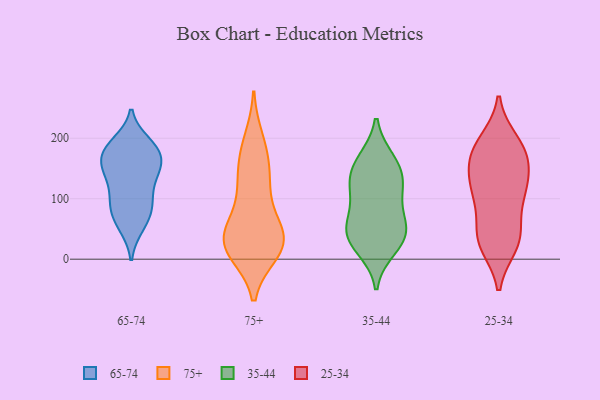
{"axis": {"x": "Humidity (%)", "y": "Value"}, "legend": ["25-34", "35-44", "65-74", "75+"], "data": [{"x": "", "y": 112, "type": "65-74"}, {"x": "", "y": 54, "type": "65-74"}, {"x": "", "y": 166, "type": "65-74"}, {"x": "", "y": 92, "type": "65-74"}, {"x": "", "y": 151, "type": "65-74"}, {"x": "", "y": 137, "type": "65-74"}, {"x": "", "y": 184, "type": "65-74"}, {"x": "", "y": 142, "type": "65-74"}, {"x": "", "y": 72, "type": "65-74"}, {"x": "", "y": 172, "type": "65-74"}, {"x": "", "y": 147, "type": "65-74"}, {"x": "", "y": 85, "type": "65-74"}, {"x": "", "y": 53, "type": "65-74"}, {"x": "", "y": 104, "type": "65-74"}, {"x": "", "y": 83, "type": "65-74"}, {"x": "", "y": 183, "type": "65-74"}, {"x": "", "y": 175, "type": "65-74"}, {"x": "", "y": 191, "type": "65-74"}, {"x": "", "y": 148, "type": "65-74"}, {"x": "", "y": 193, "type": "65-74"}, {"x": "", "y": 103, "type": "75+"}, {"x": "", "y": 197, "type": "75+"}, {"x": "", "y": 12, "type": "75+"}, {"x": "", "y": 155, "type": "75+"}, {"x": "", "y": 22, "type": "75+"}, {"x": "", "y": 49, "type": "75+"}, {"x": "", "y": 118, "type": "75+"}, {"x": "", "y": 51, "type": "75+"}, {"x": "", "y": 20, "type": "75+"}, {"x": "", "y": 140, "type": "75+"}, {"x": "", "y": 182, "type": "75+"}, {"x": "", "y": 23, "type": "75+"}, {"x": "", "y": 18, "type": "75+"}, {"x": "", "y": 32, "type": "75+"}, {"x": "", "y": 45, "type": "75+"}, {"x": "", "y": 103, "type": "35-44"}, {"x": "", "y": 48, "type": "35-44"}, {"x": "", "y": 18, "type": "35-44"}, {"x": "", "y": 55, "type": "35-44"}, {"x": "", "y": 141, "type": "35-44"}, {"x": "", "y": 64, "type": "35-44"}, {"x": "", "y": 118, "type": "35-44"}, {"x": "", "y": 36, "type": "35-44"}, {"x": "", "y": 126, "type": "35-44"}, {"x": "", "y": 32, "type": "35-44"}, {"x": "", "y": 161, "type": "35-44"}, {"x": "", "y": 164, "type": "35-44"}, {"x": "", "y": 100, "type": "25-34"}, {"x": "", "y": 33, "type": "25-34"}, {"x": "", "y": 108, "type": "25-34"}, {"x": "", "y": 164, "type": "25-34"}, {"x": "", "y": 49, "type": "25-34"}, {"x": "", "y": 116, "type": "25-34"}, {"x": "", "y": 118, "type": "25-34"}, {"x": "", "y": 187, "type": "25-34"}, {"x": "", "y": 171, "type": "25-34"}, {"x": "", "y": 28, "type": "25-34"}, {"x": "", "y": 127, "type": "25-34"}, {"x": "", "y": 159, "type": "25-34"}, {"x": "", "y": 36, "type": "25-34"}, {"x": "", "y": 24, "type": "25-34"}, {"x": "", "y": 194, "type": "25-34"}, {"x": "", "y": 182, "type": "25-34"}]}